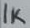
Text: 1K